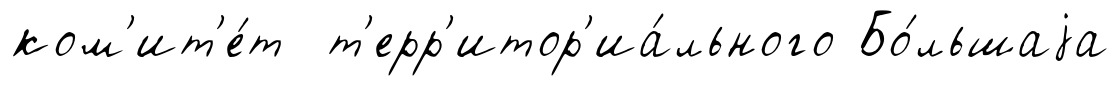
ком'ит'е́т т'ерр'итор'иа́льного Бо́льшаjа